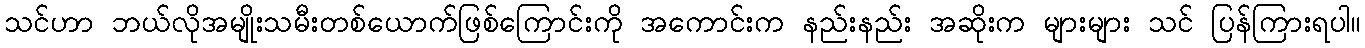
သင်ဟာ ဘယ်လိုအမျိုးသမီးတစ်ယောက်ဖြစ်ကြောင်းကို အကောင်းက နည်းနည်း အဆိုးက များများ သင် ပြန်ကြားရပါ။